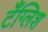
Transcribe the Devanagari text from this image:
टँग्लिश